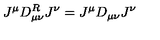
J ^ { \mu } D _ { \mu \nu } ^ { R } J ^ { \nu } = J ^ { \mu } D _ { \mu \nu } J ^ { \nu }